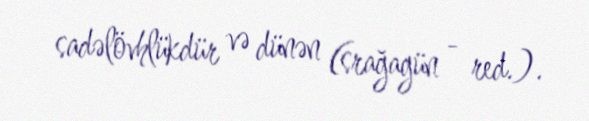
sadəlövhlükdür və dünən (srağagün - red.).